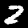
Digit: 2